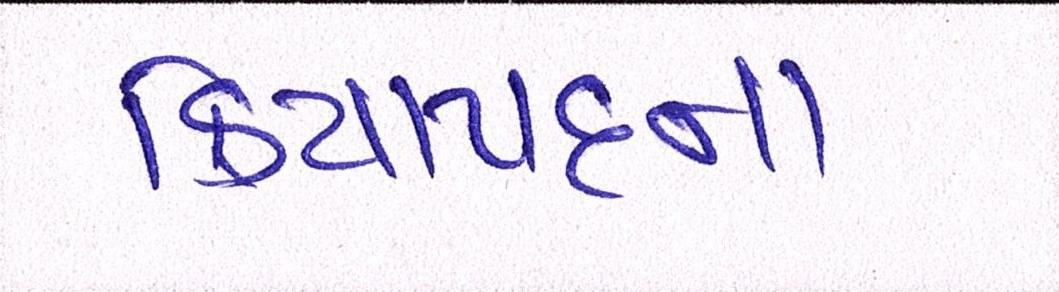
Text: ક્રિયાપદના